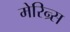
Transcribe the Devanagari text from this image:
मेरिन्र्स